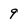
Character: 9